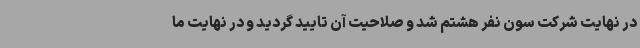
در نهایت شرکت سون نفر هشتم شد و صلاحیت آن تایید گردید و در نهایت ما